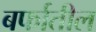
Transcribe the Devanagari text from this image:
बर्फातील